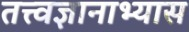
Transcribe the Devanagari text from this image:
तत्त्वज्ञानाभ्यास